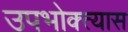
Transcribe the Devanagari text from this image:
उपभोक्त्यास